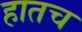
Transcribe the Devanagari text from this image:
हातच